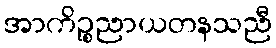
အာကိဉ္စညာယတနသညီ